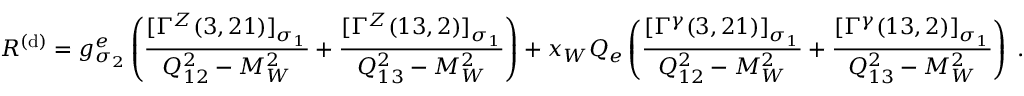
{ \cal R } ^ { ( \mathrm { d } ) } = g _ { \sigma _ { 2 } } ^ { e } \left( \frac { [ \Gamma ^ { Z } ( 3 , 2 1 ) ] _ { \sigma _ { 1 } } } { Q _ { 1 2 } ^ { 2 } - M _ { W } ^ { 2 } } + \frac { [ \Gamma ^ { Z } ( 1 3 , 2 ) ] _ { \sigma _ { 1 } } } { Q _ { 1 3 } ^ { 2 } - M _ { W } ^ { 2 } } \right) + x _ { W } Q _ { e } \left( \frac { [ \Gamma ^ { \gamma } ( 3 , 2 1 ) ] _ { \sigma _ { 1 } } } { Q _ { 1 2 } ^ { 2 } - M _ { W } ^ { 2 } } + \frac { [ \Gamma ^ { \gamma } ( 1 3 , 2 ) ] _ { \sigma _ { 1 } } } { Q _ { 1 3 } ^ { 2 } - M _ { W } ^ { 2 } } \right) \; .